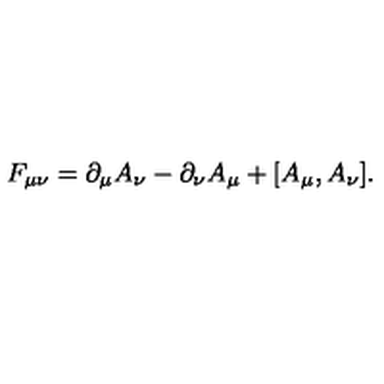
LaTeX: F _ { \mu \nu } = \partial _ { \mu } A _ { \nu } - \partial _ { \nu } A _ { \mu } + [ A _ { \mu } , A _ { \nu } ] .